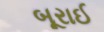
બૂરાઈ